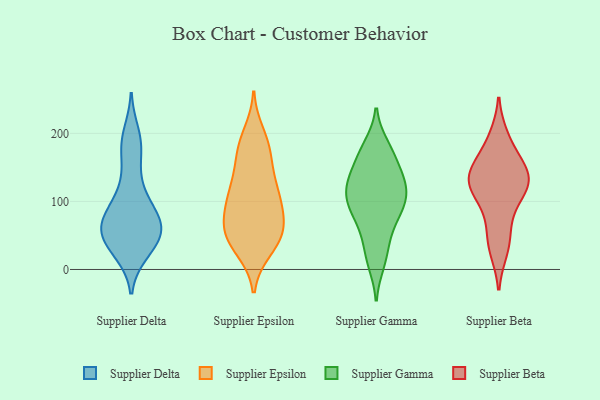
{"axis": {"x": "Net Income (USD K)", "y": "Value"}, "legend": ["Supplier Beta", "Supplier Delta", "Supplier Epsilon", "Supplier Gamma"], "data": [{"x": "", "y": 60, "type": "Supplier Delta"}, {"x": "", "y": 40, "type": "Supplier Delta"}, {"x": "", "y": 199, "type": "Supplier Delta"}, {"x": "", "y": 131, "type": "Supplier Delta"}, {"x": "", "y": 103, "type": "Supplier Delta"}, {"x": "", "y": 25, "type": "Supplier Delta"}, {"x": "", "y": 40, "type": "Supplier Delta"}, {"x": "", "y": 64, "type": "Supplier Delta"}, {"x": "", "y": 73, "type": "Supplier Delta"}, {"x": "", "y": 68, "type": "Supplier Delta"}, {"x": "", "y": 30, "type": "Supplier Delta"}, {"x": "", "y": 66, "type": "Supplier Delta"}, {"x": "", "y": 62, "type": "Supplier Delta"}, {"x": "", "y": 182, "type": "Supplier Delta"}, {"x": "", "y": 174, "type": "Supplier Delta"}, {"x": "", "y": 98, "type": "Supplier Delta"}, {"x": "", "y": 85, "type": "Supplier Epsilon"}, {"x": "", "y": 127, "type": "Supplier Epsilon"}, {"x": "", "y": 127, "type": "Supplier Epsilon"}, {"x": "", "y": 62, "type": "Supplier Epsilon"}, {"x": "", "y": 182, "type": "Supplier Epsilon"}, {"x": "", "y": 99, "type": "Supplier Epsilon"}, {"x": "", "y": 170, "type": "Supplier Epsilon"}, {"x": "", "y": 110, "type": "Supplier Epsilon"}, {"x": "", "y": 56, "type": "Supplier Epsilon"}, {"x": "", "y": 48, "type": "Supplier Epsilon"}, {"x": "", "y": 62, "type": "Supplier Epsilon"}, {"x": "", "y": 29, "type": "Supplier Epsilon"}, {"x": "", "y": 53, "type": "Supplier Epsilon"}, {"x": "", "y": 151, "type": "Supplier Epsilon"}, {"x": "", "y": 95, "type": "Supplier Epsilon"}, {"x": "", "y": 29, "type": "Supplier Epsilon"}, {"x": "", "y": 49, "type": "Supplier Epsilon"}, {"x": "", "y": 199, "type": "Supplier Epsilon"}, {"x": "", "y": 104, "type": "Supplier Epsilon"}, {"x": "", "y": 180, "type": "Supplier Epsilon"}, {"x": "", "y": 86, "type": "Supplier Gamma"}, {"x": "", "y": 126, "type": "Supplier Gamma"}, {"x": "", "y": 181, "type": "Supplier Gamma"}, {"x": "", "y": 106, "type": "Supplier Gamma"}, {"x": "", "y": 67, "type": "Supplier Gamma"}, {"x": "", "y": 127, "type": "Supplier Gamma"}, {"x": "", "y": 23, "type": "Supplier Gamma"}, {"x": "", "y": 106, "type": "Supplier Gamma"}, {"x": "", "y": 52, "type": "Supplier Gamma"}, {"x": "", "y": 166, "type": "Supplier Gamma"}, {"x": "", "y": 90, "type": "Supplier Gamma"}, {"x": "", "y": 102, "type": "Supplier Gamma"}, {"x": "", "y": 138, "type": "Supplier Gamma"}, {"x": "", "y": 173, "type": "Supplier Gamma"}, {"x": "", "y": 10, "type": "Supplier Gamma"}, {"x": "", "y": 138, "type": "Supplier Gamma"}, {"x": "", "y": 163, "type": "Supplier Beta"}, {"x": "", "y": 123, "type": "Supplier Beta"}, {"x": "", "y": 91, "type": "Supplier Beta"}, {"x": "", "y": 28, "type": "Supplier Beta"}, {"x": "", "y": 195, "type": "Supplier Beta"}, {"x": "", "y": 125, "type": "Supplier Beta"}, {"x": "", "y": 138, "type": "Supplier Beta"}, {"x": "", "y": 149, "type": "Supplier Beta"}, {"x": "", "y": 53, "type": "Supplier Beta"}, {"x": "", "y": 122, "type": "Supplier Beta"}]}